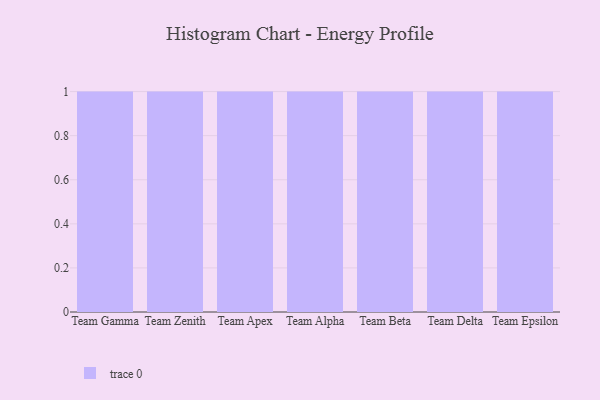
{"axis": {"x": "Team", "y": "Temperature (°C)"}, "legend": [""], "data": [{"x": "Team Gamma", "y": 8, "type": ""}, {"x": "Team Zenith", "y": 97, "type": ""}, {"x": "Team Apex", "y": 92, "type": ""}, {"x": "Team Alpha", "y": 9, "type": ""}, {"x": "Team Beta", "y": 71, "type": ""}, {"x": "Team Delta", "y": 72, "type": ""}, {"x": "Team Epsilon", "y": 62, "type": ""}]}